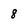
Character: 8